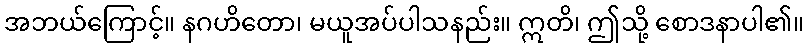
အဘယ်ကြောင့်။ နဂဟိတော၊ မယူအပ်ပါသနည်း။ ဣတိ၊ ဤသို့ စောဒနာပါ၏။